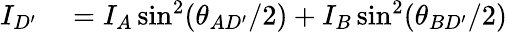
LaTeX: \begin{array}{rl}{I_{D^{\prime}}}&{{}=I_{A}\sin^{2}(\theta_{AD^{\prime}}/2)+I_{B}\sin^{2}(\theta_{BD^{\prime}}/2)}\end{array}